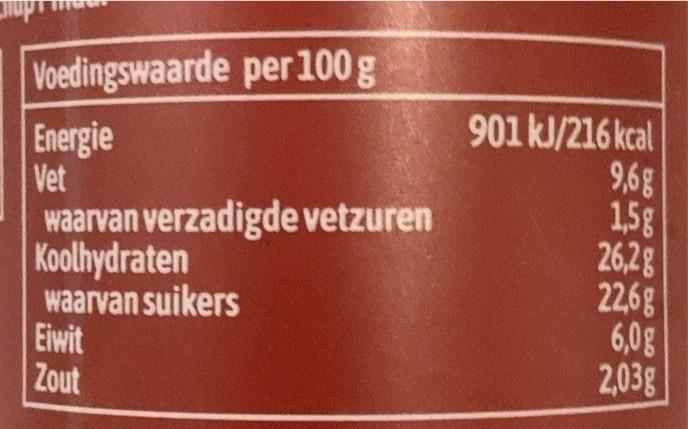
Voedingswaarde per 100 g
Energie Vet waarvan verzadigde vetzuren Koolhydraten waarvan suikers Eiwit Zout
901 kJ/216 kcal 9,6g 1,5g 26,2g 22,6g 6,0g 2,03g